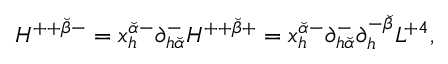
H ^ { + + { \breve { \beta } } - } = x _ { h } ^ { { \breve { \alpha } } - } \partial _ { h { \breve { \alpha } } } ^ { - } H ^ { + + { \breve { \beta } } + } = x _ { h } ^ { { \breve { \alpha } } - } \partial _ { h { \breve { \alpha } } } ^ { - } \partial _ { h } ^ { - { \breve { \beta } } } { \cal L } ^ { + 4 } ,